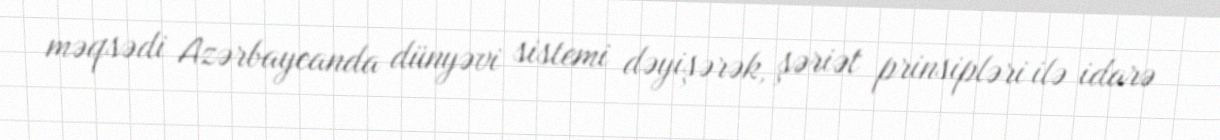
məqsədi Azərbaycanda dünyəvi sistemi dəyişərək, şəriət prinsipləri ilə idarə